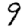
Digit: 9